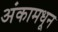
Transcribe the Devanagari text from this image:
अंकामधून